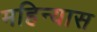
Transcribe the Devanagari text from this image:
महिन्यास